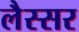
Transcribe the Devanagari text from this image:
लैस्सर